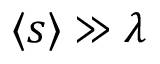
\langle s \rangle \gg \lambda